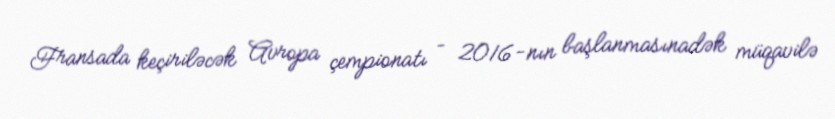
Fransada keçiriləcək Avropa çempionatı – 2016-nın başlanmasınadək müqavilə